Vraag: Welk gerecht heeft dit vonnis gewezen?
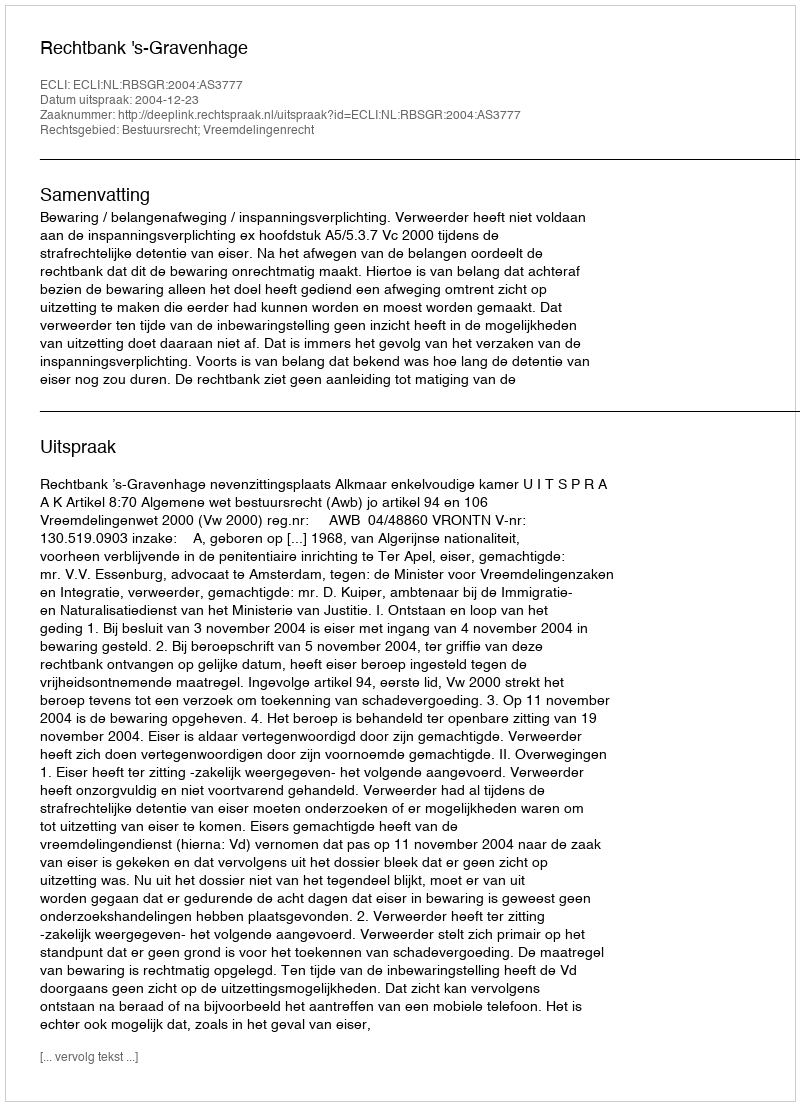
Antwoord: Rechtbank 's-Gravenhage